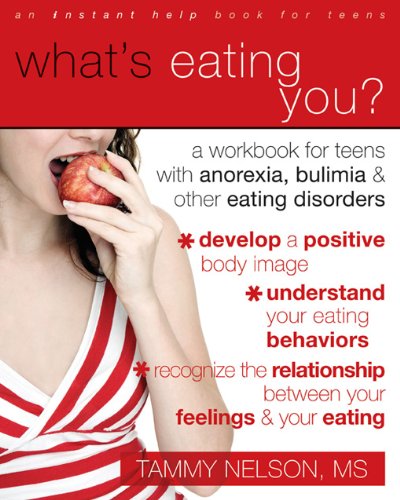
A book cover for What's Eating You?: A Workbook for Teens with Anorexia, Bulimia, and other Eating Disorders; Tammy Nelson PhD; Teen & Young Adult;